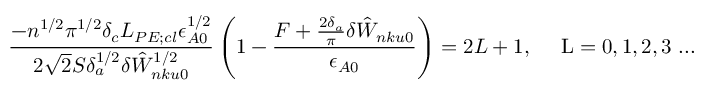
\frac { - n ^ { 1 / 2 } \pi ^ { 1 / 2 } \delta _ { c } L _ { P E ; c l } \epsilon _ { A 0 } ^ { 1 / 2 } } { 2 \sqrt { 2 } S \delta _ { a } ^ { 1 / 2 } \delta { \hat { W } } _ { n k u 0 } ^ { 1 / 2 } } \left( 1 - \frac { F + \frac { 2 \delta _ { a } } { \pi } \delta { \hat { W } } _ { n k u 0 } } { \epsilon _ { A 0 } } \right) = 2 L + 1 , { \quad \mathrm { ~ L = 0 , 1 , 2 , 3 ~ . . . } }